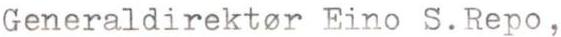
Generaldirektor Eino S.Repo,